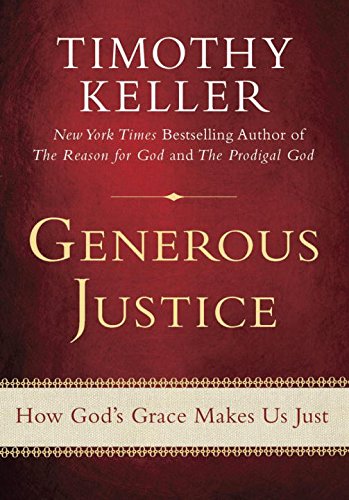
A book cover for Generous Justice: How God's Grace Makes Us Just; Timothy Keller; Christian Books & Bibles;